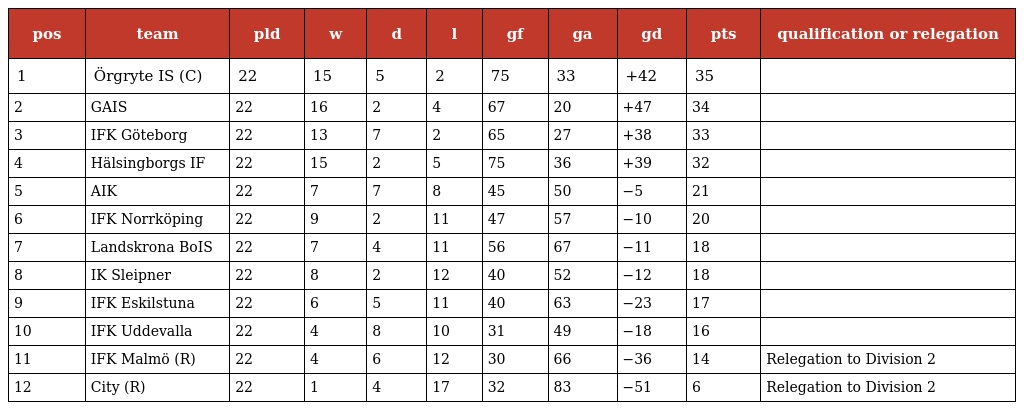
| pos | team | pld | w | d | l | gf | ga | gd | pts | qualification or relegation |
 | --- | --- | --- | --- | --- | --- | --- | --- | --- | --- | --- |
 | 1 | Örgryte IS (C) | 22 | 15 | 5 | 2 | 75 | 33 | +42 | 35 |  |
 | 2 | GAIS | 22 | 16 | 2 | 4 | 67 | 20 | +47 | 34 |  |
 | 3 | IFK Göteborg | 22 | 13 | 7 | 2 | 65 | 27 | +38 | 33 |  |
 | 4 | Hälsingborgs IF | 22 | 15 | 2 | 5 | 75 | 36 | +39 | 32 |  |
 | 5 | AIK | 22 | 7 | 7 | 8 | 45 | 50 | −5 | 21 |  |
 | 6 | IFK Norrköping | 22 | 9 | 2 | 11 | 47 | 57 | −10 | 20 |  |
 | 7 | Landskrona BoIS | 22 | 7 | 4 | 11 | 56 | 67 | −11 | 18 |  |
 | 8 | IK Sleipner | 22 | 8 | 2 | 12 | 40 | 52 | −12 | 18 |  |
 | 9 | IFK Eskilstuna | 22 | 6 | 5 | 11 | 40 | 63 | −23 | 17 |  |
 | 10 | IFK Uddevalla | 22 | 4 | 8 | 10 | 31 | 49 | −18 | 16 |  |
 | 11 | IFK Malmö (R) | 22 | 4 | 6 | 12 | 30 | 66 | −36 | 14 | Relegation to Division 2 |
 | 12 | City (R) | 22 | 1 | 4 | 17 | 32 | 83 | −51 | 6 | Relegation to Division 2 |